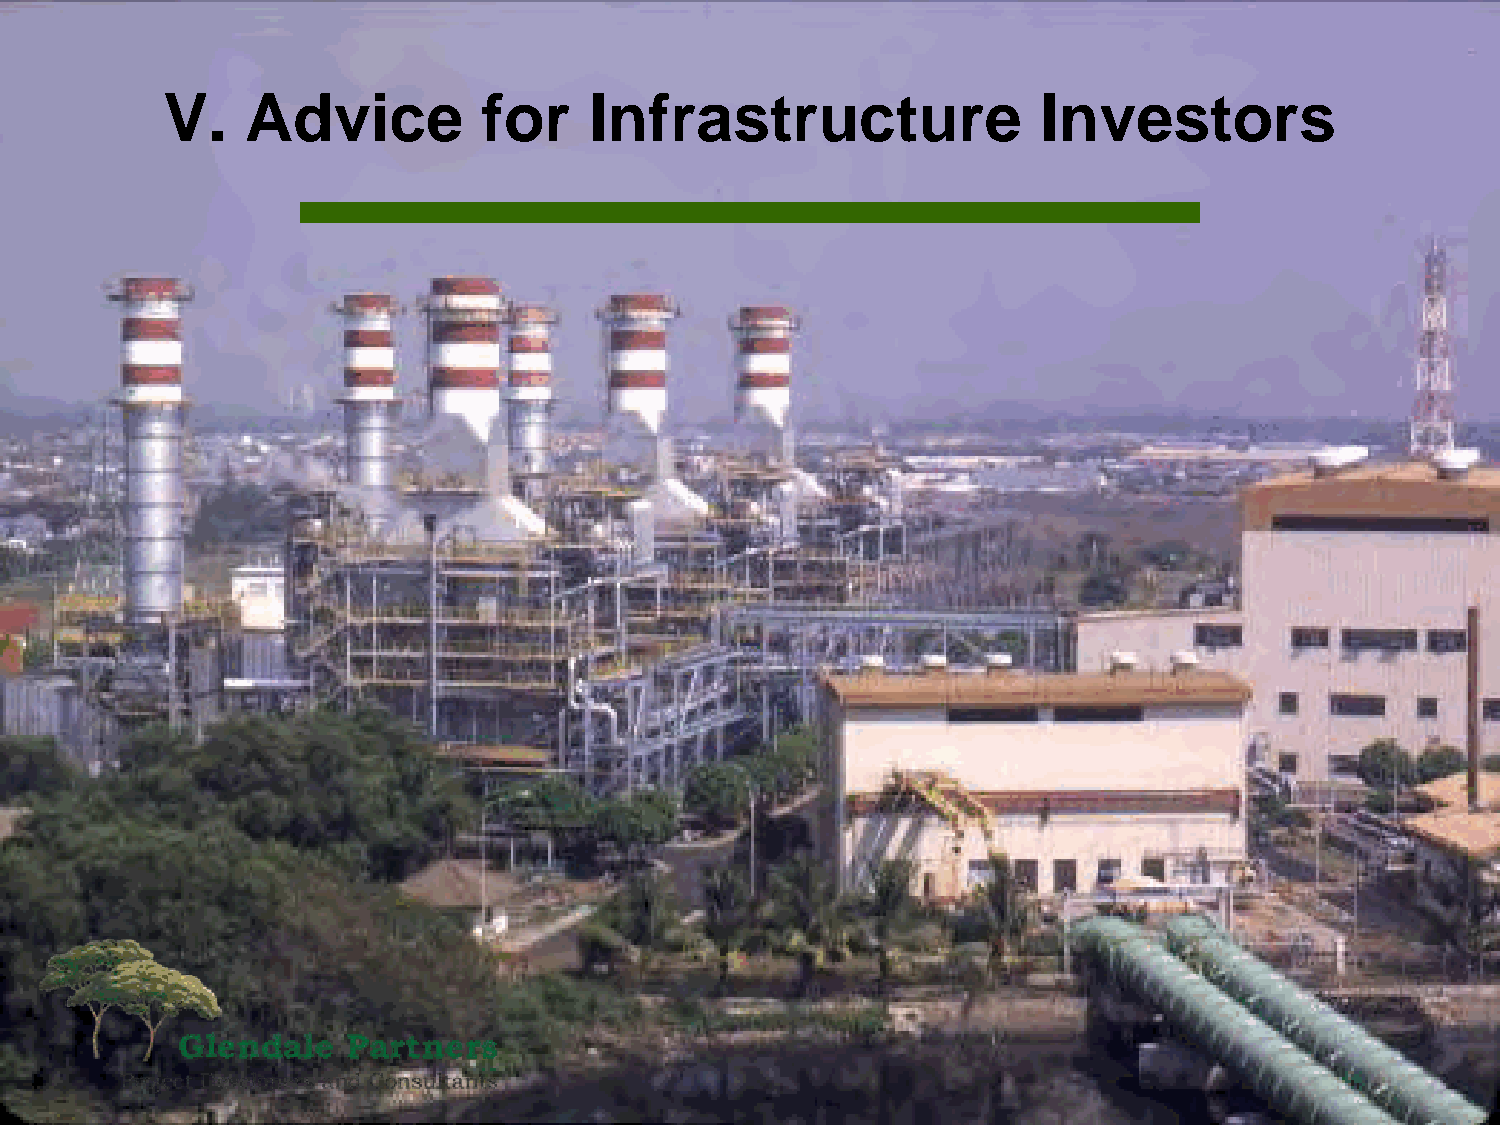
V.   Advice          for    Infrastructure                Investors